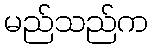
မည်သည်က